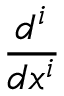
\frac { d ^ { i } } { d x ^ { i } }